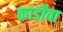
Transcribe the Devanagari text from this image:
कार्डोवा